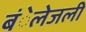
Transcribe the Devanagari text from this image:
बंेलेजली